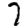
Digit: 7